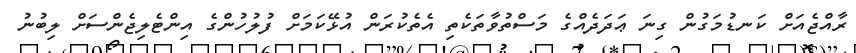
ރާއްޖެއަށް ކަނޑުމަގުން ގިނަ ޢަދަދެއްގެ މަސްތުވާތަކެތި އެތެކުރަން އުޅޭކަމަށް ފުލުހުންގެ އިންޓެލިޖެންސަށް ލިބުނު